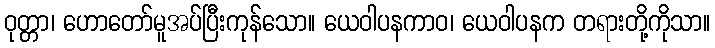
ဝုတ္တာ၊ ဟောတော်မူအပ်ပြီးကုန်သော။ ယေဝါပနကာဝ၊ ယေဝါပနက တရားတို့ကိုသာ။